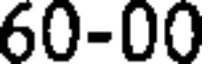
60-00